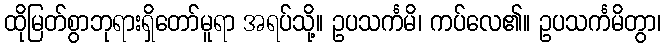
ထိုမြတ်စွာဘုရားရှိတော်မူရာ အရပ်သို့။ ဥပသင်္ကမိ၊ ကပ်လေ၏။ ဥပသင်္ကမိတွာ၊